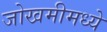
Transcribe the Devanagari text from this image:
जोखमीमध्ये